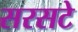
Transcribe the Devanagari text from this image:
सरसटे